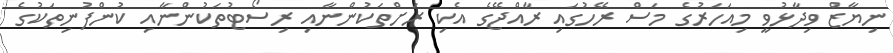
ނިޔާޒް ވިދާޅުވީ މިއަހަރުގެ މަސް ރޭހުގައި ރާއްޖޭގެ އެކި ރަށްތަކުންނާއި ރިސޯޓުތަކުންނާއި ކުންފުނިތަކުގެ